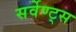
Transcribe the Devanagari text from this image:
सर्वेण्ट्स